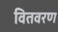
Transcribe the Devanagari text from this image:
वितवरण